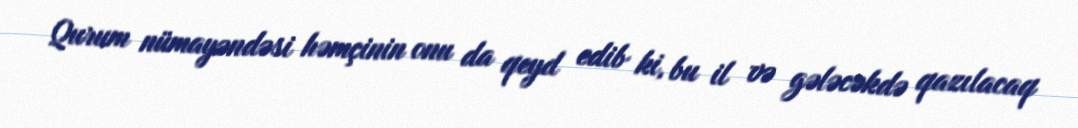
Qurum nümayəndəsi həmçinin onu da qeyd edib ki, bu il və gələcəkdə qazılacaq